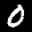
Label: 0